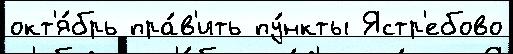
окт'я́брь пра́в'ить пу́нкты Ястр'ебово